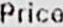
PRICE